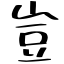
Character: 豈